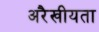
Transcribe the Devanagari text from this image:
अरैखीयता